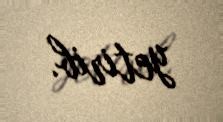
yetirib.